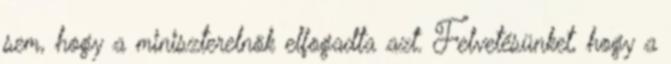
sem, hogy a miniszterelnök elfogadta azt. Felvetésünket, hogy a